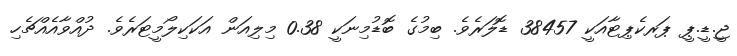
ޖީ.ޑީ.ޕީ ޕަރކެޕިޓާއަކީ 38457 ޑޮލަރެވެ. ބިމުގެ ބޮޑުމިނަކީ 0.38 މިލިއަން އަކަކިލޯމީޓަރެވެ. ދުއްވާއެއްޗެހި